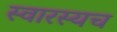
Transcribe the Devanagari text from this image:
स्वारस्यच